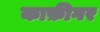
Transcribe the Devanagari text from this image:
काफ़ीगर